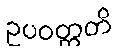
ဥပဝတ္တတိ